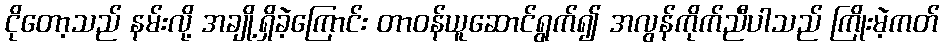
ငိုတော့သည် နမ်းလို့ အချို့ရှိခဲ့ကြောင်း တာဝန်ယူဆောင်ရွက်၍ အလွန်ကိုက်ညီပါသည် ကြိုးမဲ့ကတ်